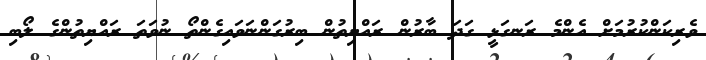
ވެރިކަންކުރުމަށް އެންމެ ރަނގަޅީ ގަދަ ބާރުން ރައްޔިތުން ބިރުގަންނަވައިގެންތޯ ނުވަތަ ރައްޔިތުންގެ ލޯބި